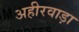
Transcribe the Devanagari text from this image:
अहीरवाड़ा